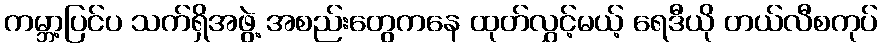
ကမ္ဘာ့ပြင်ပ သက်ရှိအဖွဲ့ အစည်းတွေကနေ ထုတ်လွှင့်မယ့် ရေဒီယို တယ်လီစကုပ်